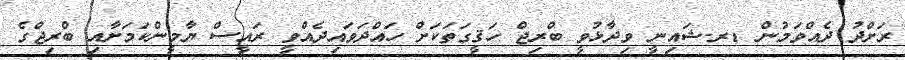
ރަށްދު ދެއްވަމުން ޑރ.ޝައިނީ ވިދާޅުވީ ބްރިޖް ހަޤީގަތަކަށް ހައްދަވައިދެއްވީ ރައީސް ޔާމީންކަމަށާއި ބްރިޖްގެ